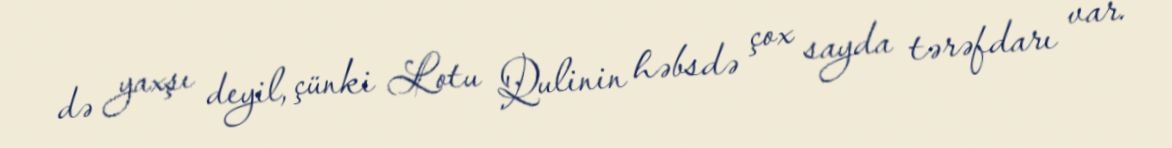
də yaxşı deyil, çünki Lotu Qulinin həbsdə çox sayda tərəfdarı var.